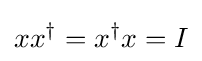
xx^{\dagger }=x^{\dagger }x=I